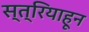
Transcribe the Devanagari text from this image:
स्त्रियाहून